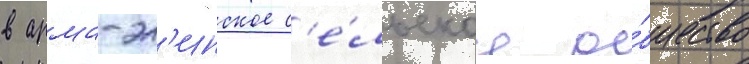
в арма-эл'инское с'е́льское о́бщество